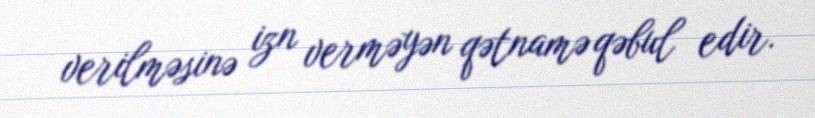
verilməsinə izn verməyən qətnamə qəbul edir.